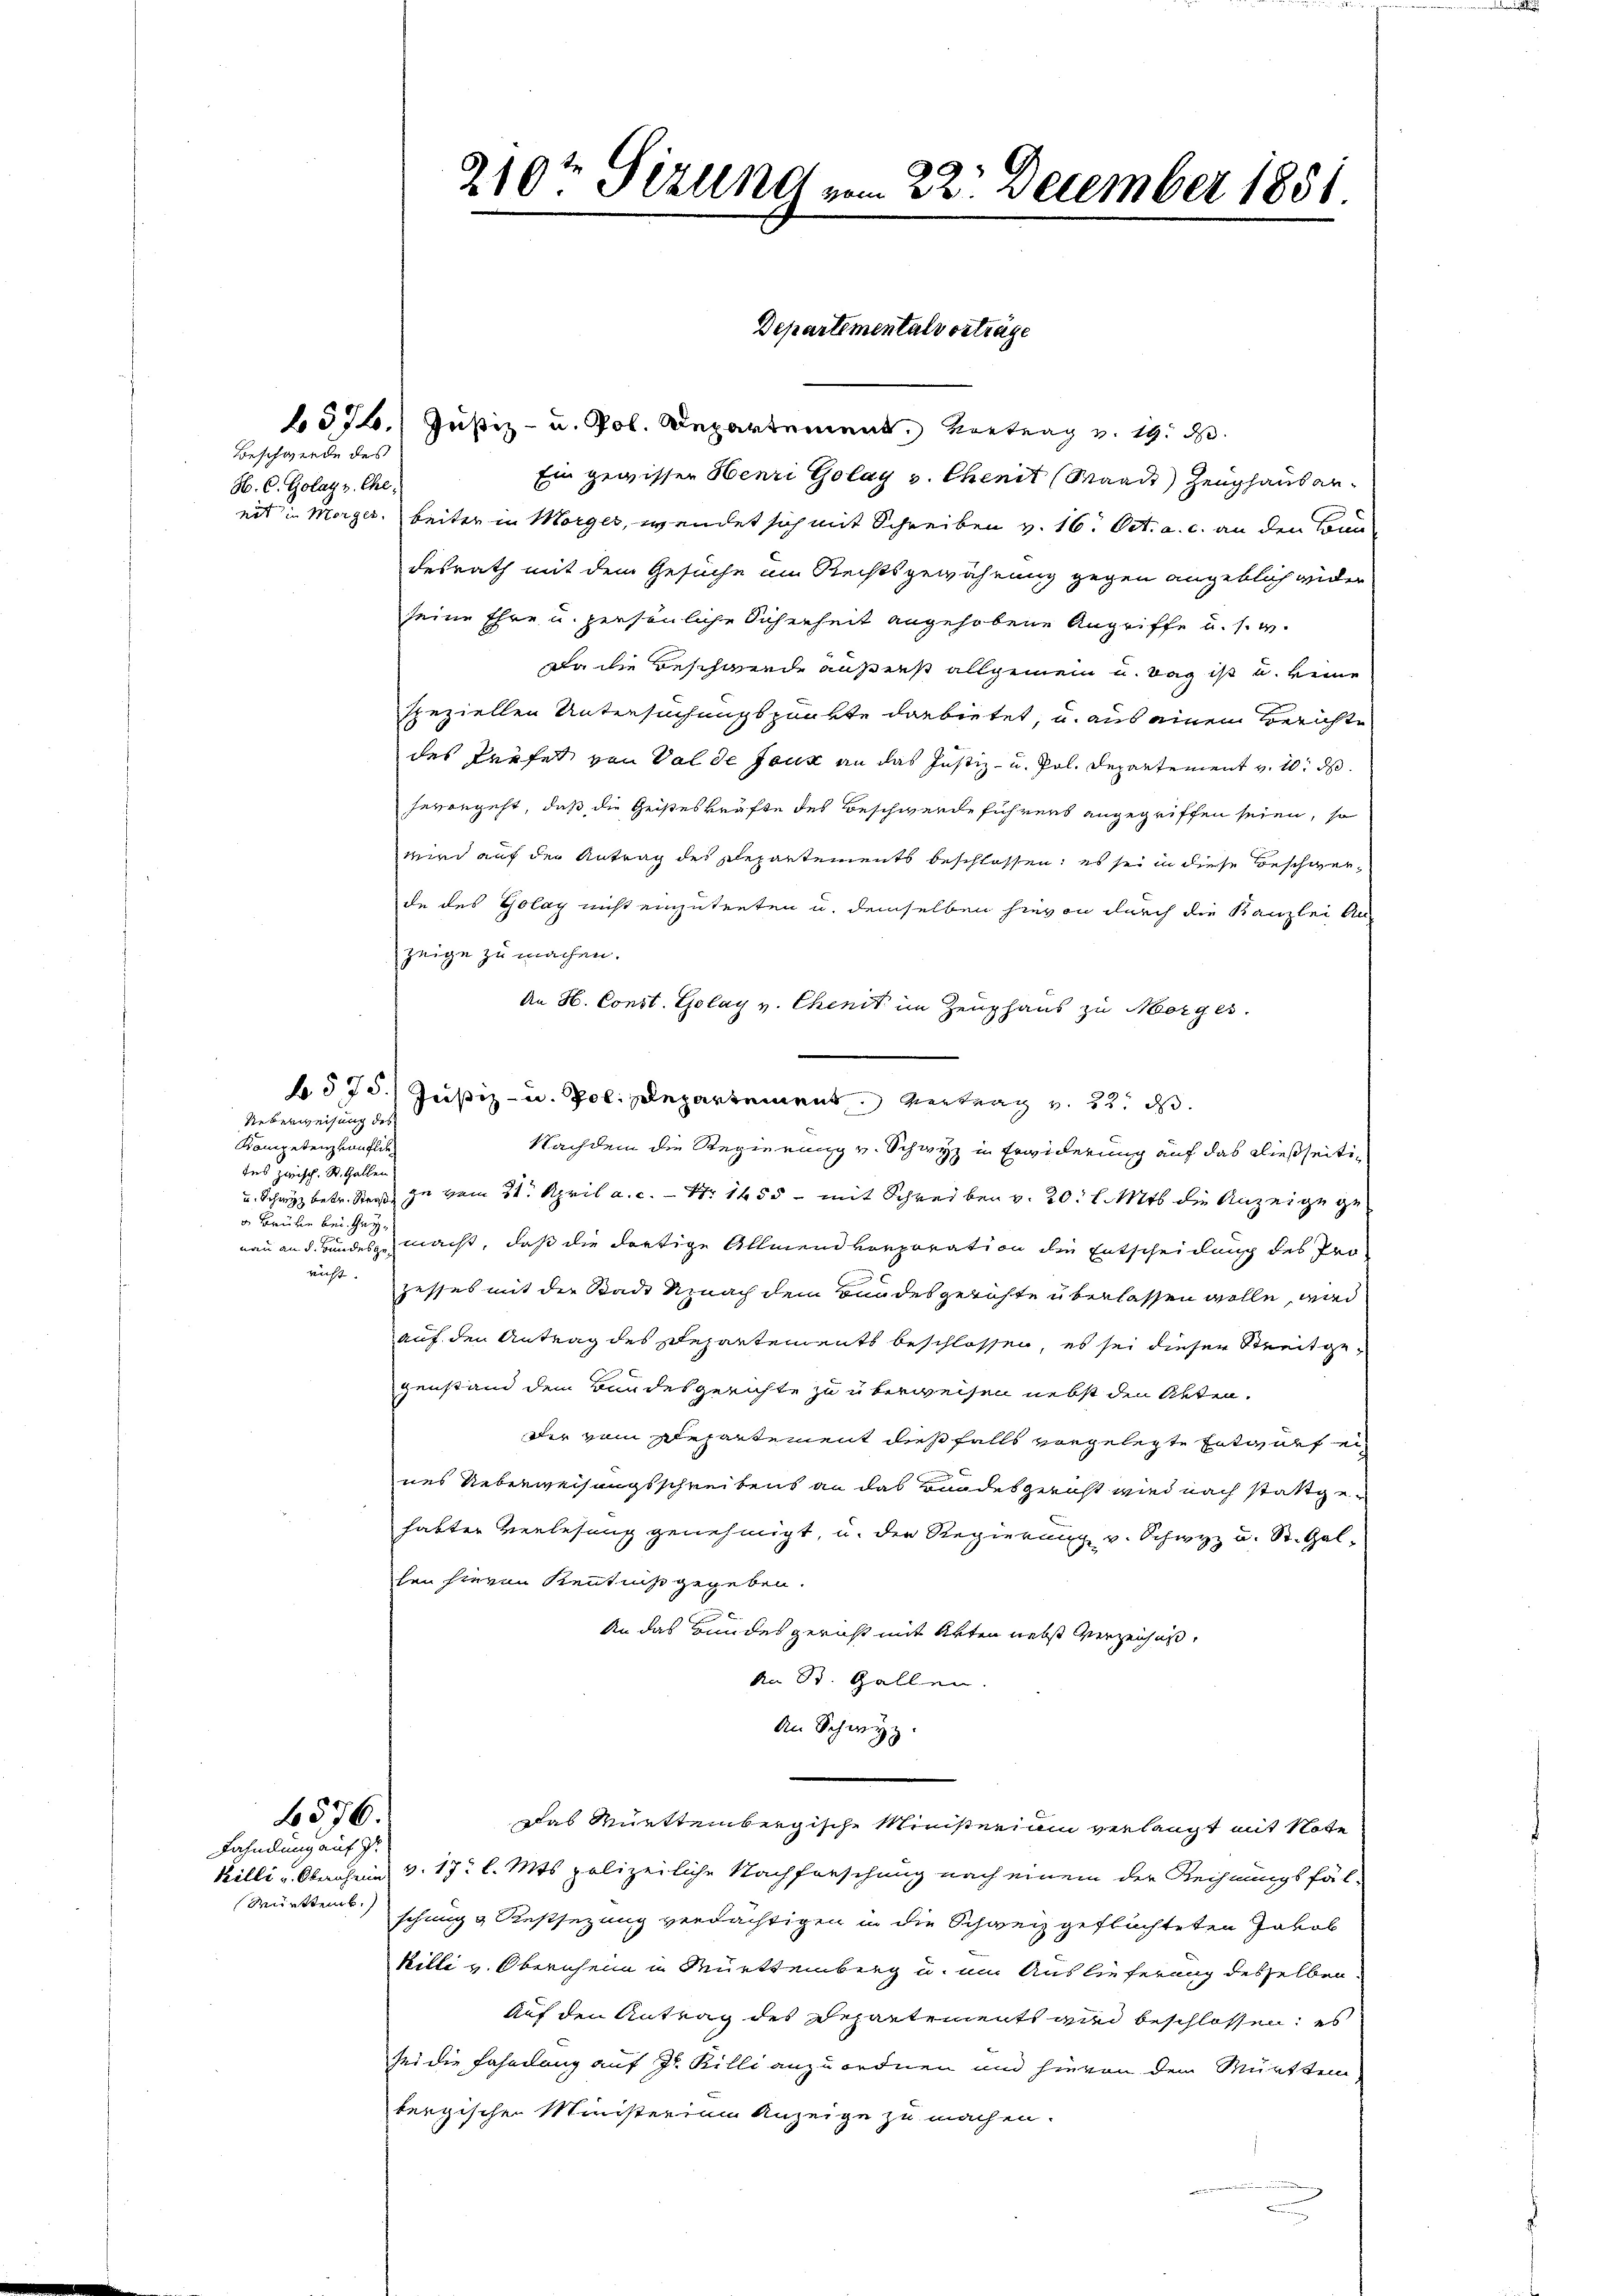
Beschwerde des
H. C. Golat v. Che
nit in Morger.

Ueberweisung des
Kompetenz von flie
tes zwisch. St. Gallen
v. Bauten bei Heynicht. |

574. Justiz- u. Pol. Departement, Vertrag v. 19. d
Ein gewissen Henri Golay v. Chenit (Waadt Zeughausenbeiter in Morger, wendet sich mit Schreiben v. 16. Oct. a. c. an den konn
desrath mit dem Gesuche im Rechtsgewährung gegen angeblich wider
seine Ehre u. persönliche Sicherheit angehobene Angriffe u. s. w.
Da die Beschwerde außerst allgemein u. Tag ist und keine
speziellen Untersuchungspunkte darbietet, u. aus einem Berichte
des Profes von Valde Jauk an das Justiz- u. Pol. Departement v. 10. ds.
hevorgeht, daß die Geisteskräfte des Beschwerde führens angegriffen seien, so
wird auf der Antrag des Repartements beschlossen, es sei in diese Beschwerde des Golay nicht einzutreten u. demselben hievon durch die Kanzlei An-
zeige zu machen.
An H. Const. Golay v. Chenit im Zeughaus zu Morges.
 575. Justiz- u. Pol. Departement Vertrag v. 22. ds.
Nachdem die Regierung v. Schwyz in Erwiderung auf das dießseiti¬
u. Schwyz betr. Straß zu vom 31. April a. c. - Nr 1455 - mit Schreiben v. 20 l. Mts. die Anzeige genau an d. Bundesgemacht, daß die dortige Allmendvorporation die Entscheidung des Prozesses mit der Stadt Uznach dem Bundesgerichte überlassen wolle, wird
auf den Antrag des Departements beschlossen, es sei dieser Streitgezenstand dem Bundesgerichte zu überweisen nebst den Akten.
Der vom Departement dießfalls vorgelegte Entwurf ei
nes Ueberweisungsschreibens an das Bandesgericht wird nach stattgehabten Verlesung genehmigt, u. die Regierung v. Schwyz u. St. Galhen hierin Kenntniß gegeben.

An das Bundesgericht mit Akten nebst Verzenhus,
An St. Gallen.
An Schwyz.
576.
Das Württembergische Ministeriam verlangt mit Note
killi v. Obernheim v. 17 l. Mts polizeiliche Nachforschung nach einem der Rechnungsfäl-
Württems schung & Restsezung verdächtigen in die Schweiz geflüchteten Jakob
killi v. Obernheim in Württemberg u. um Auslieferung desselben
Auf den Antrag des Departements wird beschlossen; es
sei die Fahndung auf Jr. Billi anzuordnen und hievon dem Mürttem
bergischen Ministerium Anzeige zu machen.

Fahndung auf Gr

210ten Sizung vom 22. December 1851

Departemental vorträge